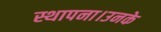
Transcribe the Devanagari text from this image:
स्थापना।उनके